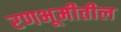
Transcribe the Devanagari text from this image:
रणभूमीतील